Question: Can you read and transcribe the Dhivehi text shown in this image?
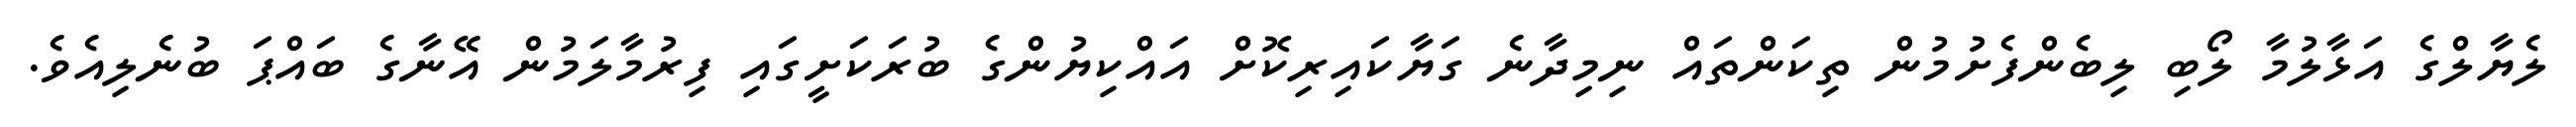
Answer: ލެޔާލްގެ އަޅާލުމާ ލޯބި ލިބެންފެށުމުން ތިކަންތައް ނިމިދާނެ ގަޔާކައިރިކޮށް އައްކިޔުންގެ ބުރަކަށީގައި ފިރުމާލަމުން އޭނާގެ ބައްޕަ ބުނެލިއެވެ.